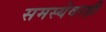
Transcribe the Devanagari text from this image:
समस्येवरही